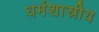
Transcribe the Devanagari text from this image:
धर्मशास्रीय